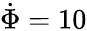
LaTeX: \dot{\Phi}=10